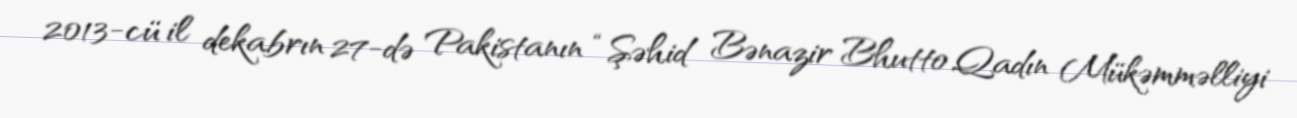
2013-cü il dekabrın 27-də Pakistanın “Şəhid Bənazir Bhutto Qadın Mükəmməlliyi